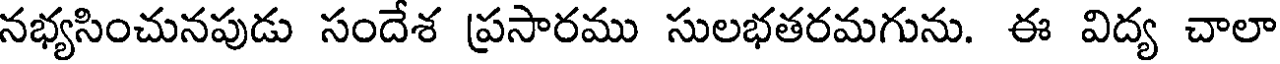
నభ్యసించునపుడు సందేశ ప్రసారము సులభతరమగును. ఈ విద్య చాలా